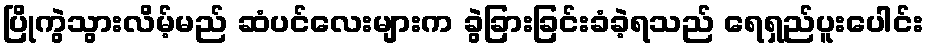
ပြိုကွဲသွားလိမ့်မည် ဆံပင်လေးများက ခွဲခြားခြင်းခံခဲ့ရသည် ရေရှည်ပူးပေါင်း